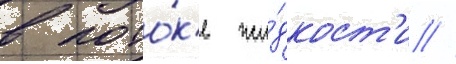
в пото́к'е жи́дкост'и //